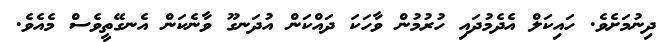
ދިނުމަށެވެ. ހައިކަލް އެދެމުދައި ހުރުމުން ވާހަކަ ދައްކަން އުދަނގޫ ވާނެކަން އެނގޭތީވެސް މެއެވެ.